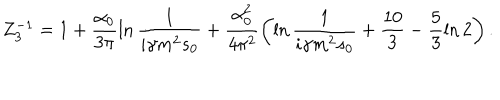
LaTeX: Z _ { 3 } ^ { - 1 } = 1 + \frac { \alpha _ { 0 } } { 3 \pi } \ln \frac 1 { i \gamma m ^ { 2 } s _ { 0 } } + \frac { \alpha _ { 0 } ^ { 2 } } { 4 \pi ^ { 2 } } \left( \ln \frac 1 { i \gamma m ^ { 2 } s _ { 0 } } + \frac { 1 0 } { 3 } - \frac 5 3 \ln 2 \right) .